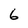
Character: 6